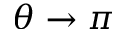
\theta \to \pi